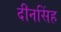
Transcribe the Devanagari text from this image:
दीनसिंह